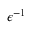
\epsilon ^ { - 1 }